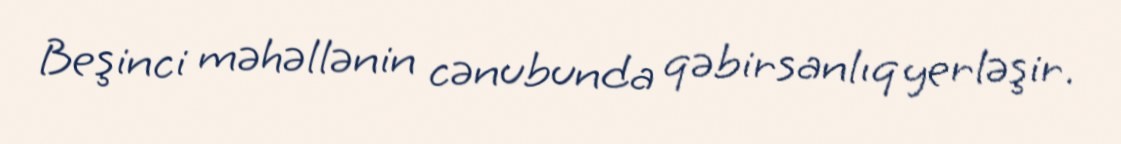
Beşinci məhəllənin cənubunda qəbirsanlıq yerləşir.